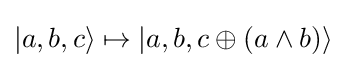
|a,b,c\rangle \mapsto |a,b,c\oplus (a\land b)\rangle